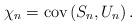
LaTeX: \begin{align*}\chi _{n}=\mbox{\rm cov}\left( S_{n},U_{n}\right) . \end{align*}